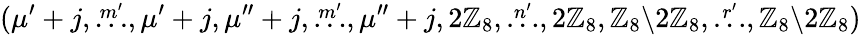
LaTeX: (\mu^{\prime}+j,\stackrel{m^{\prime}}{\dots},\mu^{\prime}+j,\mu^{\prime\prime}+j,\stackrel{m^{\prime}}{\dots},\mu^{\prime\prime}+j,2\mathbb{Z}_{8},\stackrel{n^{\prime}}{\dots},2\mathbb{Z}_{8},\mathbb{Z}_{8}{\setminus}2\mathbb{Z}_{8},\stackrel{r^{\prime}}{\dots},\mathbb{Z}_{8}{\setminus}2\mathbb{Z}_{8})